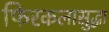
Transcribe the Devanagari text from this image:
फिरकलासुद्धा